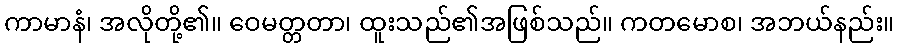
ကာမာနံ၊ အလိုတို့၏။ ဝေမတ္တတာ၊ ထူးသည်၏အဖြစ်သည်။ ကတမောစ၊ အဘယ်နည်း။